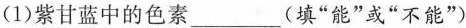
（1）紫甘蓝中的色素___(填“能”或“不能”)